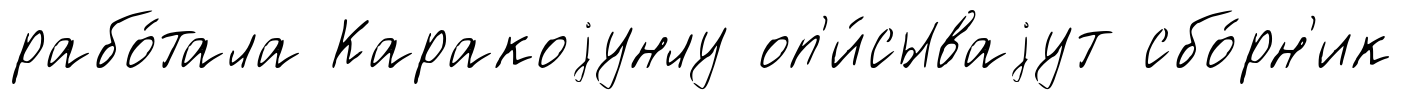
рабо́тала Каракоjунлу оп'и́сываjут сбо́рн'ик